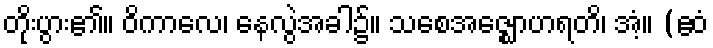
တိုးပွား၏။ ဝိကာလေ၊ နေလွဲအခါ၌။ သစေအဇ္ဈောဟရတိ၊ အံ့။ (ဧဝံ